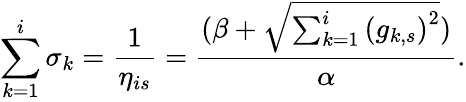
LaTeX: \sum_{k=1}^{i}\sigma_{k}=\frac{1}{\eta_{is}}=\frac{(\beta+\sqrt{\sum_{k=1}^{i}{(g_{k,s})}^{2}})}{\alpha}.